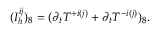
( I _ { h } ^ { i j } ) _ { 8 } = ( \partial _ { t } T ^ { + i ( j ) } + \partial _ { t } T ^ { - i ( j ) } ) _ { 8 } .